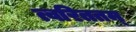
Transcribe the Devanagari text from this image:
त्वरिततम्